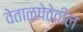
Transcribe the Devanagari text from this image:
वेताळपेठेतील